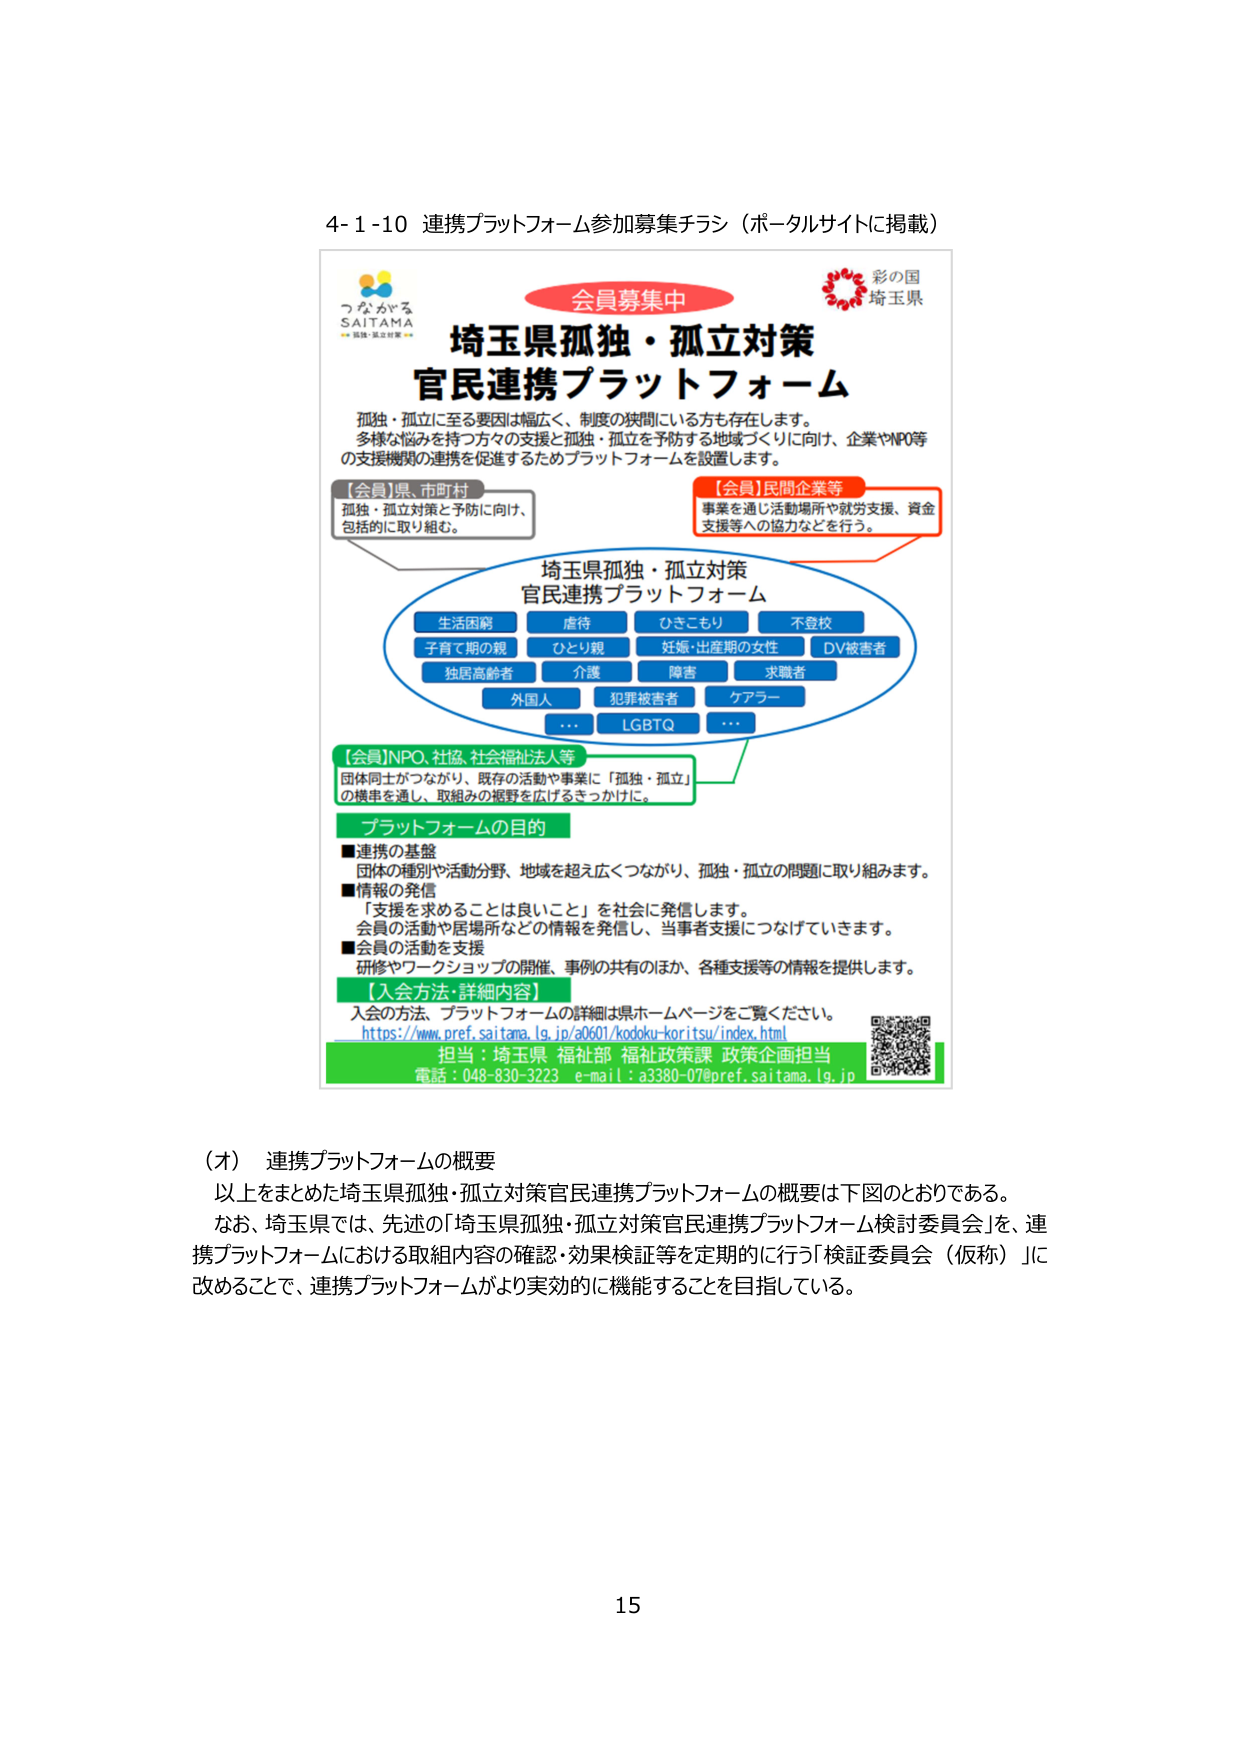
4-1-10 連携プラットフォーム参加募集チラシ（ポータルサイトに掲載）

つながる
SAITAMA
孤独・孤立対策

会員募集中

彩の国
埼玉県

埼玉県孤独・孤立対策
官民連携プラットフォーム

孤独・孤立に至る要因は幅広く、制度の狭間にある方も存在します。
多様な悩みを持つ方々の支援と孤独・孤立を予防する地域づくりに向け、企業やNPO等
の支援機関の連携を促進するためプラットフォームを設置します。

【会員】県、市町村
孤独・孤立対策と予防に向け、
包括的に取り組む。

【会員】民間企業等
事業を通じ活動場所や就労支援、資金
支援等への協力などを行う。

埼玉県孤独・孤立対策
官民連携プラットフォーム

生活困窮
虐待
ひきこもり
不登校
子育て期の親
ひとり親
妊娠・出産期の女性
DV被害者
独居高齢者
介護
障害
求職者
外国人
犯罪被害者
ケアラー
…
LGBTQ
…

【会員】NPO、社協、社会福祉法人等
団体同士がつながり、既存の活動や事業に「孤独・孤立」
の視点を通し、取組みの裾野を広げるきっかけに。

プラットフォームの目的

■連携の基盤
団体の種別や活動分野、地域を超え広くつながり、孤独・孤立の問題に取り組みます。
■情報の発信
「支援を求めることは良いこと」を社会に発信します。
会員の活動や居場所などの情報を発信し、当事者支援につなげていきます。
■会員の活動を支援
研修やワークショップの開催、事例の共有のほか、各種支援等の情報を提供します。

【入会方法・詳細内容】
入会の方法、プラットフォームの詳細は県ホームページをご覧ください。
https://www.pref.saitama.lg.jp/a0601/kodoku-koritsu/index.html

担当：埼玉県 福祉部 福祉政策課 政策企画担当
電話：048-830-3223 e-mail：a3380-07@pref.saitama.lg.jp

（オ） 連携プラットフォームの概要
以上をまとめた埼玉県孤独・孤立対策官民連携プラットフォームの概要は下図のとおりである。
なお、埼玉県では、先述の「埼玉県孤独・孤立対策官民連携プラットフォーム検討委員会」を、連
携プラットフォームにおける取組内容の確認・効果検証等を定期的に行う「検証委員会（仮称）」に
改めることで、連携プラットフォームがより実効的に機能することを目指している。

15